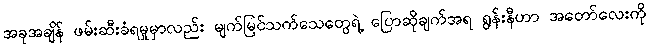
အခုအချိန် ဖမ်းဆီးခံရမှုမှာလည်း မျက်မြင်သက်သေတွေရဲ့ ပြောဆိုချက်အရ ရွန်းနီဟာ အတော်လေးကို